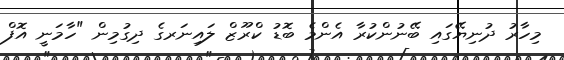
މިހާރު ދުނިޔޭގައި ބޭނުންކުރާ އެންމެ ބޮޑު ކްރޫޒް ލައިނަރގެ ދިގުމިން "ހާމަނީ އޮފް